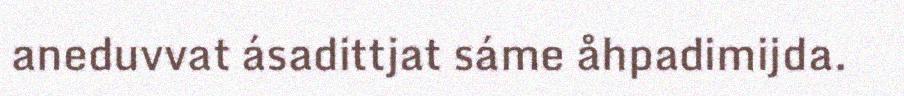
aneduvvat ásadittjat sáme åhpadimijda.